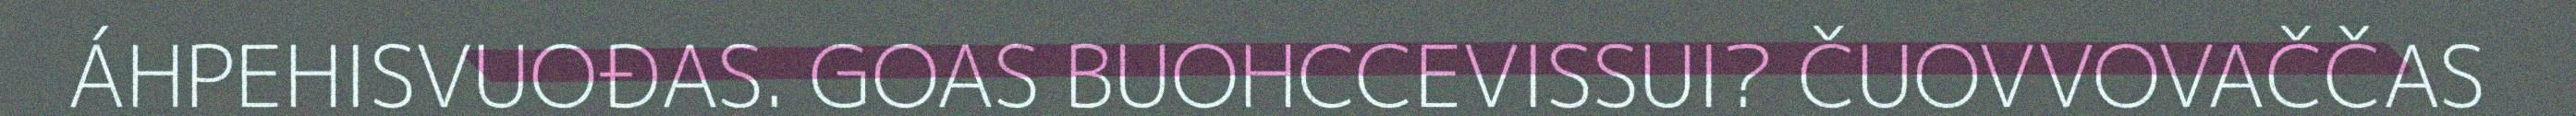
ÁHPEHISVUOĐAS. GOAS BUOHCCEVISSUI? ČUOVVOVAČČAS